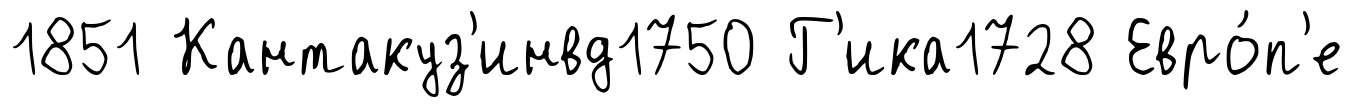
1851 Кантакуз'инвд1750 Г'ика1728 Евро́п'е